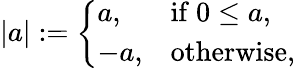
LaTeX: |a|:={\left\{ \begin{array}{ll}{a,}&{{\mathrm{if~}}0\leq a,}\\ {-a,}&{{\mathrm{otherwise}},}\end{array}\right.}